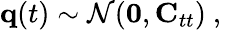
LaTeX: {\mathbf q}(t)\sim\mathcal{N}({\mathbf 0},{\mathbf C}_{tt})\mathrm{~,~}